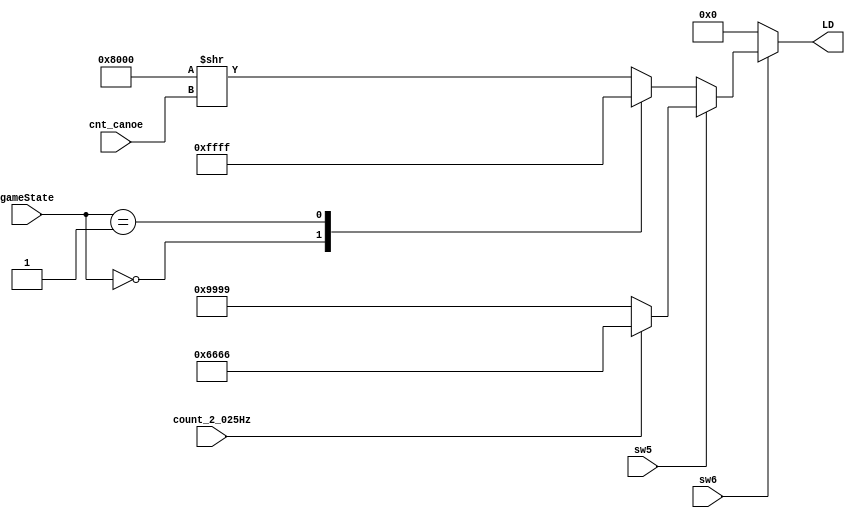
/**
 * Led
 * Led
 */
module Led(
  input count_2_025Hz,
  input sw6,
  input sw5,
  input [1:0] gameState,
	input [3:0] cnt_canoe,
  output reg [15:0] LD
);

always @(*) begin
	case (sw6)
		1'd1:
			case (sw5)
				1'd1:		// 
					case (count_2_025Hz)
						1'd0: LD = 16'b1001_1001_1001_1001;
						default: LD = 16'b0110_0110_0110_0110;
					endcase
				default:	// 
					case (gameState)
						2'd0: LD = 16'b0000_0000_0000_0000;
						2'd1: LD = 16'b1111_1111_1111_1111;
						default: LD = 16'b1000_0000_0000_0000 >> cnt_canoe;
					endcase
			endcase
		default: LD = 16'b0000_0000_0000_0000;
	endcase
end

endmodule